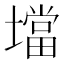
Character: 壋